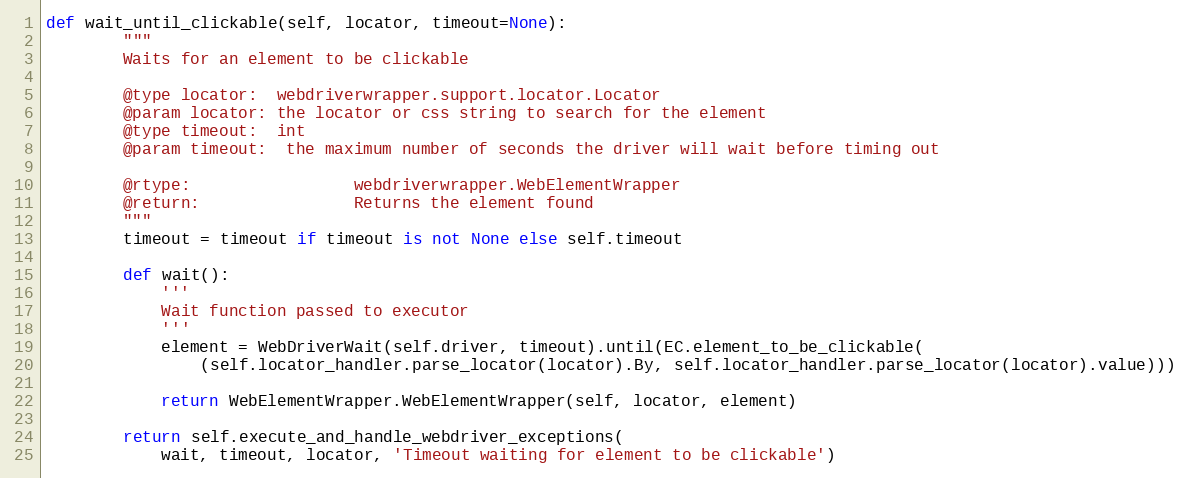
Language: Python
def wait_until_clickable(self, locator, timeout=None):
        """
        Waits for an element to be clickable

        @type locator:  webdriverwrapper.support.locator.Locator
        @param locator: the locator or css string to search for the element
        @type timeout:  int
        @param timeout:  the maximum number of seconds the driver will wait before timing out

        @rtype:                 webdriverwrapper.WebElementWrapper
        @return:                Returns the element found
        """
        timeout = timeout if timeout is not None else self.timeout

        def wait():
            '''
            Wait function passed to executor
            '''
            element = WebDriverWait(self.driver, timeout).until(EC.element_to_be_clickable(
                (self.locator_handler.parse_locator(locator).By, self.locator_handler.parse_locator(locator).value)))

            return WebElementWrapper.WebElementWrapper(self, locator, element)

        return self.execute_and_handle_webdriver_exceptions(
            wait, timeout, locator, 'Timeout waiting for element to be clickable')